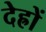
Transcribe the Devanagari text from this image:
देह्रों